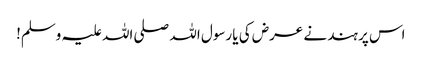
اس پر ہند نے عرض کی یا رسول اللہ صلی اللہ علیہ وسلم!